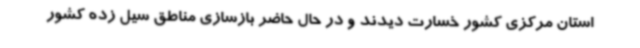
استان مرکزی کشور خسارت دیدند و در حال حاضر بازسازی مناطق سیل زده کشور